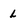
Character: l